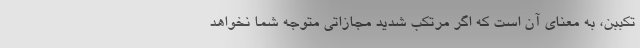
تکببن، به معنای آن است که اگر مرتکب شدید مجازاتی متوجه شما نخواهد